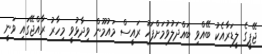
ޖޭޕީގެ ލީޑަރާއެކު ބޭއްވި ބައްދަލުވުމަށްފަހު ރައީސް މައުމޫން ވިދާޅުވީ މިހާރު ރާއްޖޭގައި ވަނީ